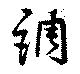
調